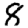
Digit: 8